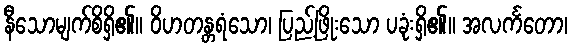
နီသောမျက်စိရှိ၏။ ဝိဟတန္တရံသော၊ ပြည့်ဖြိုးသော ပခုံးရှိ၏။ အလင်္ကတော၊